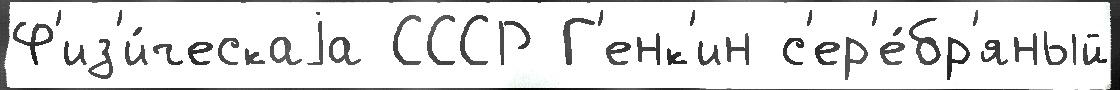
Ф'из'и́ческаjа СССР Г'енк'ин с'ер'е́бр'яный